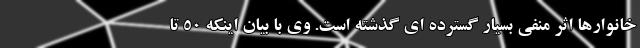
خانوارها اثر منفی بسیار گسترده ای گذشته است. وی با بیان اینکه 50 تا